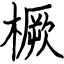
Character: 橛